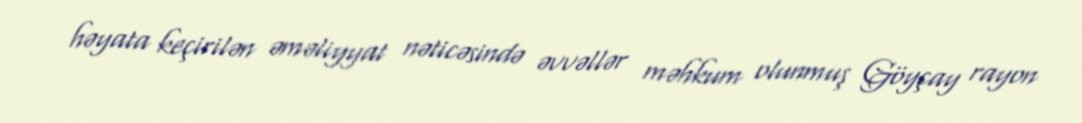
həyata keçirilən əməliyyat nəticəsində əvvəllər məhkum olunmuş Göyçay rayon